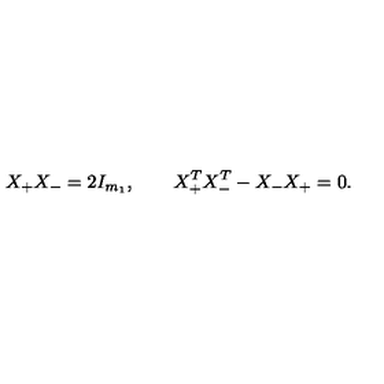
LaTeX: X _ { + } X _ { - } = 2 I _ { m _ { 1 } } , \qquad X _ { + } ^ { T } X _ { - } ^ { T } - X _ { - } X _ { + } = 0 .